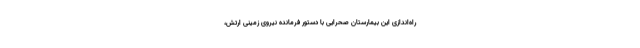
راه‌اندازی این بیمارستان صحرایی با دستور فرمانده نیروی زمینی ارتش،